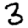
Digit: 3